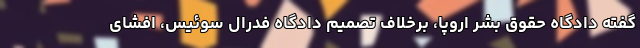
گفته دادگاه حقوق بشر اروپا، برخلاف تصمیم دادگاه فدرال سوئیس، افشای